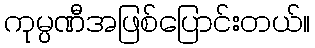
ကုမ္ပဏီအဖြစ်ပြောင်းတယ်။